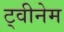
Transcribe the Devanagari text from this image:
ट्वीनेम